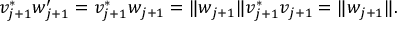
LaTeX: v _ { j + 1 } ^ { * } w _ { j + 1 } ^ { \prime } = v _ { j + 1 } ^ { * } w _ { j + 1 } = \| w _ { j + 1 } \| v _ { j + 1 } ^ { * } v _ { j + 1 } = \| w _ { j + 1 } \| .